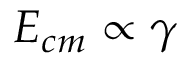
E _ { c m } \propto \gamma